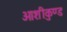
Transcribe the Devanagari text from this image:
ओशीकुण्ड